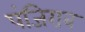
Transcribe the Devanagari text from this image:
पंजिराब